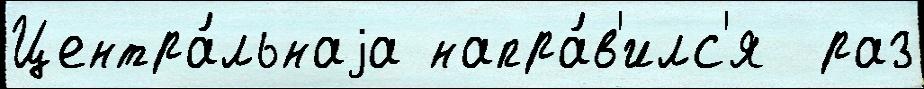
Центра́льнаjа напра́в'илс'я  раз